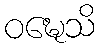
ဝဍ္ဎေသိ